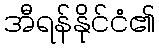
အီရန်နိုင်ငံ၏